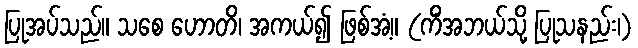
ပြုအပ်သည်။ သစေ ဟောတိ၊ အကယ်၍ ဖြစ်အံ့။ (ကိံအဘယ်သို့ ပြုသနည်း၊)